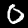
Label: 0